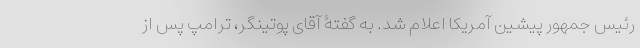
رئیس جمهور پیشین آمریکا اعلام شد. به گفتۀ آقای پوتینگر، ترامپ پس از